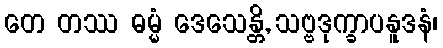
တေ တဿ ဓမ္မံ ဒေသေန္တိ, သဗ္ဗဒုက္ခာပနူဒနံ၊